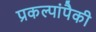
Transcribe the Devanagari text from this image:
प्रकल्पांपैकी